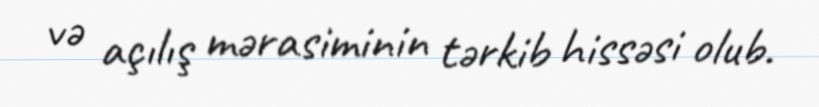
və açılış mərasiminin tərkib hissəsi olub.